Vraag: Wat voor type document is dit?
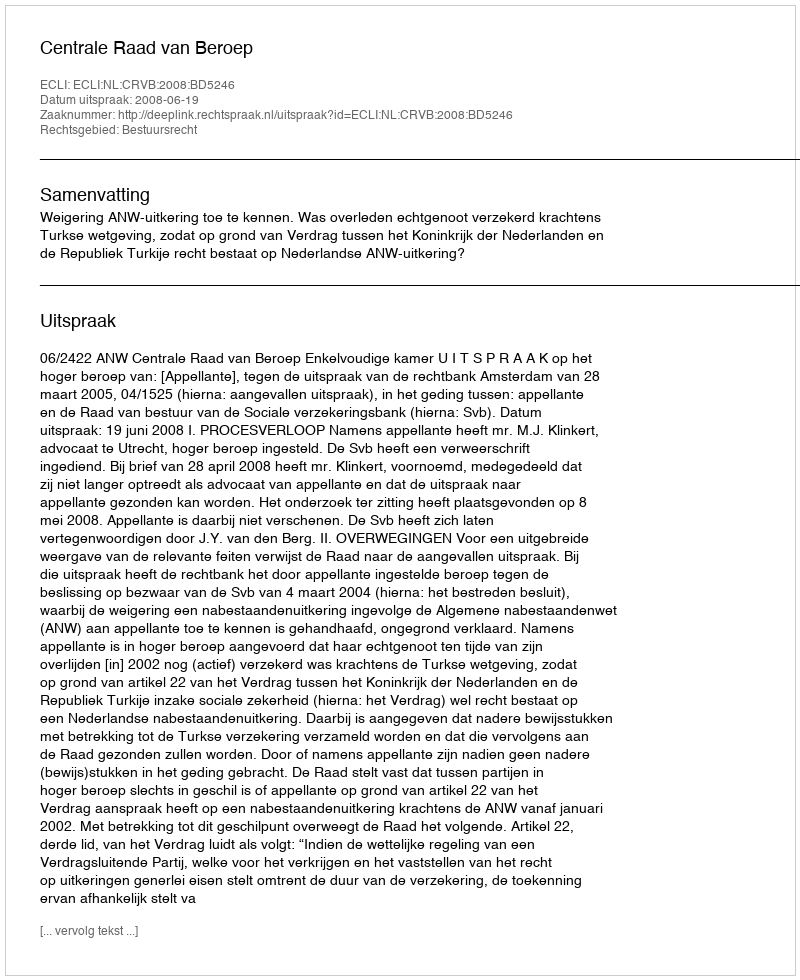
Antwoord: Uitspraak